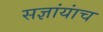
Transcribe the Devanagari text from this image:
सज्ञांयांच